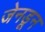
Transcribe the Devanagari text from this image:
जेनडून